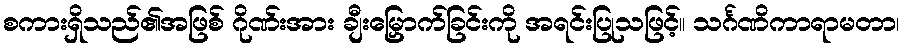
စကားရှိသည်၏အဖြစ် ဂိုဏ်းအား ချီးမြှောက်ခြင်းကို အရင်းပြုသဖြင့်။ သင်္ဂဏိကာရာမတာ၊